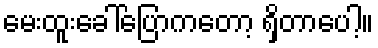
မေးထူးခေါ်ပြောကတော့ ရှိတာပေါ့။